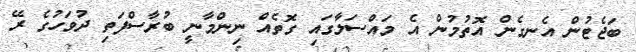
ބަޖެޓުން އެނގެން އޮތުމުން އެ މައްސަލާގައި ގޮތެއް ނިންމާނީ ބުރާސްފަތި ދުވަހުގެ ރޭ